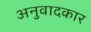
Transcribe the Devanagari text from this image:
अनुवादकार